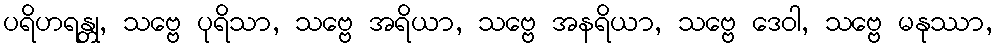
ပရိဟရန္တု, သဗ္ဗေ ပုရိသာ, သဗ္ဗေ အရိယာ, သဗ္ဗေ အနရိယာ, သဗ္ဗေ ဒေဝါ, သဗ္ဗေ မနုဿာ,